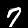
Label: 7